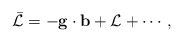
\begin{align*}\bar {\cal L} = - {\bf g}\cdot {\bf b} + {\cal L} +\cdots ,\end{align*}